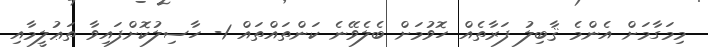
މިމަގާމަށް އެންމެ ޤާބިލު ފަރާތެއް ހޮވުމަށް ބެލެވޭނެ ކަންތައްތައް 1- ހާސިލުކޮށްފައިވާ ތަޢުލީމާއި